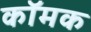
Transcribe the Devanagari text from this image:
कॉमक